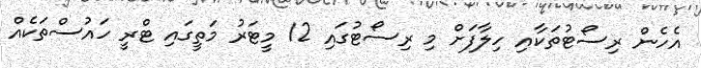
އެހެން ރިސޯޓުތަކާއި ހިލާފަށް މި ރިސޯޓުގައި 12 މީޓަރު މަތީގައި ޓްރީ ހައުސްތަކެއް